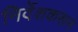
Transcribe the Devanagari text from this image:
निर्देशकरून